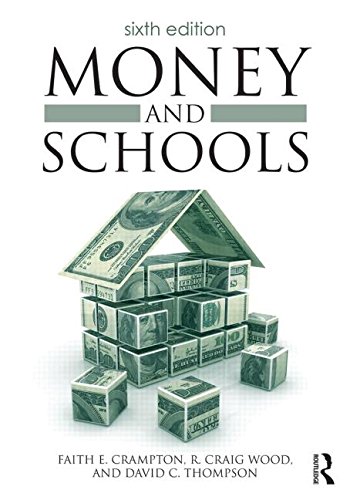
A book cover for Money and Schools; Faith E. Crampton; Education & Teaching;